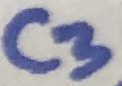
Text: C3